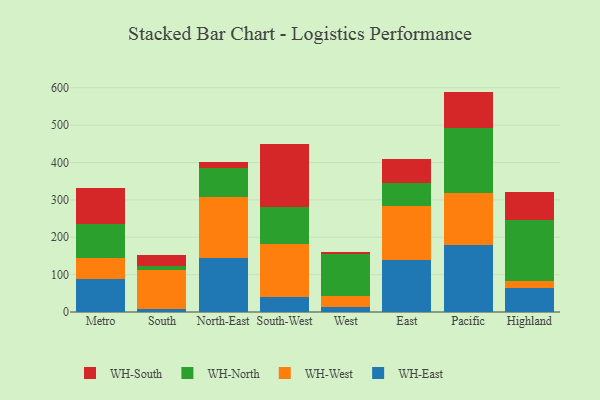
{"axis": {"x": "Region", "y": "Demand Index"}, "legend": ["WH-East", "WH-North", "WH-South", "WH-West"], "data": [{"x": "Metro", "y": 87.6, "type": "WH-East"}, {"x": "Metro", "y": 57.2, "type": "WH-West"}, {"x": "Metro", "y": 89.9, "type": "WH-North"}, {"x": "Metro", "y": 96.8, "type": "WH-South"}, {"x": "South", "y": 9.2, "type": "WH-East"}, {"x": "South", "y": 104.3, "type": "WH-West"}, {"x": "South", "y": 9.6, "type": "WH-North"}, {"x": "South", "y": 29.6, "type": "WH-South"}, {"x": "North-East", "y": 145.3, "type": "WH-East"}, {"x": "North-East", "y": 161.7, "type": "WH-West"}, {"x": "North-East", "y": 77.1, "type": "WH-North"}, {"x": "North-East", "y": 17.1, "type": "WH-South"}, {"x": "South-West", "y": 39.8, "type": "WH-East"}, {"x": "South-West", "y": 143.4, "type": "WH-West"}, {"x": "South-West", "y": 98.9, "type": "WH-North"}, {"x": "South-West", "y": 167.9, "type": "WH-South"}, {"x": "West", "y": 12.5, "type": "WH-East"}, {"x": "West", "y": 30.0, "type": "WH-West"}, {"x": "West", "y": 111.5, "type": "WH-North"}, {"x": "West", "y": 7.7, "type": "WH-South"}, {"x": "East", "y": 138.8, "type": "WH-East"}, {"x": "East", "y": 143.9, "type": "WH-West"}, {"x": "East", "y": 62.8, "type": "WH-North"}, {"x": "East", "y": 64.0, "type": "WH-South"}, {"x": "Pacific", "y": 179.2, "type": "WH-East"}, {"x": "Pacific", "y": 139.5, "type": "WH-West"}, {"x": "Pacific", "y": 173.1, "type": "WH-North"}, {"x": "Pacific", "y": 98.0, "type": "WH-South"}, {"x": "Highland", "y": 63.3, "type": "WH-East"}, {"x": "Highland", "y": 20.8, "type": "WH-West"}, {"x": "Highland", "y": 160.9, "type": "WH-North"}, {"x": "Highland", "y": 76.8, "type": "WH-South"}]}